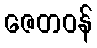
ဇေတဝန်